Report on sanitation, dispensaries, and jails in Rajputana for 1917, and on vaccination for the year 1917-1918 - 1917-1918
Year: 1917
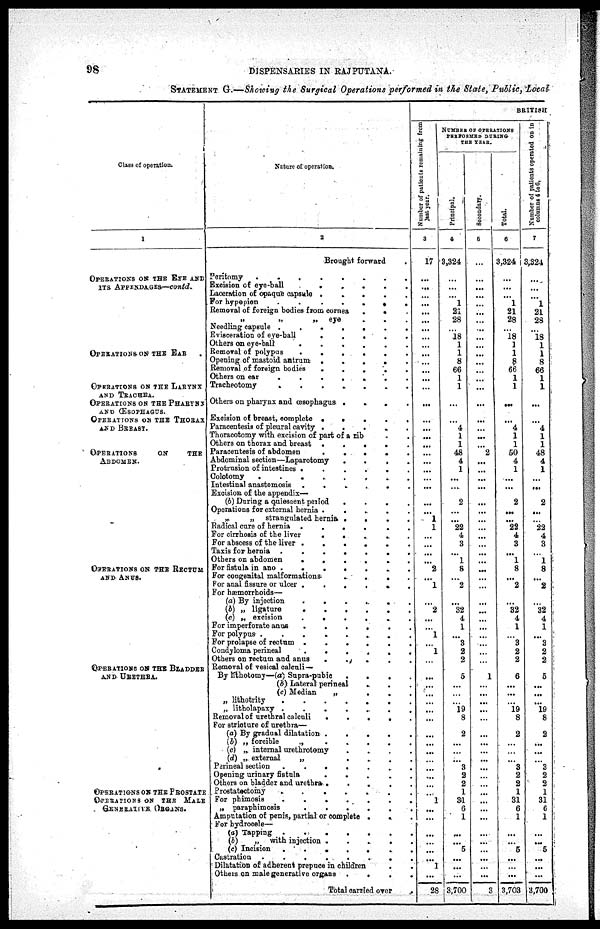
98
DISPENSARIES IN RAJPUTANA.
STATEMENT G.—Showing the Surgical Operations performed in the State, Public, Local
Class of operation.
1
OPERATIONS ON THE EYE AND
ITS APPENDAGES—contd.
OPERATIONS ON THE EAR ..
OPERATIONS ON THE LYRYNX
AND TRACHEA.
OPERATIONS ON THE PHARYNX
AND ŒSOPHAGUS.
OPERATIONS ON THE THORAX
AND BREAST.
OPERATIONS
ON
THE
ABDOMEN.
OPERATIONS ON THE RECTUM
AND ANUS.
OPERATIONS ON THE BLADDER
AND URETHRA.
OPERATIONS OF THE PROSTATE
OPERATIONS ON THE MALE
GENARATIVE ORGANS.
Nature of operation.
2
Brought forward
.
Peritomy
........
Excision of eye-ball
......
Laceration of opaque capsule .....
For hypepion
......
Removal of foreign bodies from cornea
...
„
„
„
eye
.
.
.
Needling capsule
.......
Evisceration of eye-ball
.
.
.
.
.
Others on eye-ball
......
Removal of polypus
......
Opening of mastoid antrum
.
.
.
.
.
Removal of foreign bodies
.
.
.
.
.
Others on ear
.......
Tracheotomy
.......
Others on pharynx and œsophagus
.
.
.
.
Excision of breast, complete
.
.
.
.
.
Paracentesis of pleural cavity
.
.
.
.
.
Thoracotomy with excision of part of a rib ..
Others on thorax and breast
.
.
.
.
.
Paracentesis of abdomen
.
.
.
.
.
Abdominal section—Laparotomy
.
.
.
.
Protrusion of intestines
......
Colotomy
........
Intestinal anastomosis
......
Excision of the appendix—
(b) During a quiescent period
.
.
.
.
Operations for external hernia
.
.
.
.
.
„ strangulated hernia
.
.
.
.
Radical cure of hernia ......
For cirrhosis of the liver
.
.
.
.
.
For abscess of the liver
.
.
.
.
.
Taxis for hernia
.......
Others on abdomen
......
For fistula in ano
.......
For congenital malformations
.
.
.
.
For anal fissure or ulcer
......
For hæmorrhoids—
(a) By injection
......
(b) „ ligature
(c) „ excision
......
For imperforate anus
......
For polypus ......
For prolapse of rectum
......
Condyloma perineal
......
Others on rectum and anus
.
.
.
.
.
Removal of vesical calculi —
By lithotomy—(a) Supra-pubic
.
.
.
.
(b) Lateral perineal
...
(c) Median
„
.
.
.
„ lithotrity
.......
„ litholapaxy
.......
Removal of urethral calculi
.....
For stricture of urethra—
(a) By gradual dilatation
.
.
.
.
.
(b) „ forcible
„
.....
(c) „ internal urethrotomy
.
.
.
.
(d) „ external
„
.
.
.
.
Perineal section
.......
Opening urinary
fistula
.
.
.
.
.
Others on bladder and urethra
.
.
.
.
.
Prostatectomy
.......
For phimosis
.......
„ paraphimosis
......
Amputation of penis, partial or complete
...
For hydrocele—
(a) Tapping
.......
(b)
„ with injection
.
.
.
.
.
(c) Incision
.......
Castration
........
Dilatation of adherent prepuce in children
..
Others on male generative organs
.
.
.
.
Total carried over
.
BRITISH
Number of patients remaining from
last
year.
3
17
...
...
...
...
...
...
...
...
...
...
...
...
...
...
...
...
...
...
...
...
...
...
...
...
...
...
1
1
...
...
...
...
2
...
1
...
2
...
...
1
...
1
...
...
...
...
...
...
...
...
...
...
...
...
...
...
...
1
...
...
...
...
...
...
1
...
28
NUMBER OF OPERTIONS
PERFORMED DURING
THE YEAR.
Principal.
4
3,324
...
...
...
1
21
28
...
18
1
1
8
66
1
1
...
...
4
1
1
48
4
1
...
...
2
...
...
22
4
3
...
1
8
...
2
...
32
4
1
...
3
2
2
5
...
...
...
19
8
2
...
...
...
3
2
2
1
31
6
1
...
...
5
...
...
...
3,700
Secondary.
5
...
...
...
...
...
...
...
...
...
...
...
...
...
...
...
...
...
...
...
...
2
...
...
...
...
...
...
...
...
...
...
...
...
...
...
...
...
...
...
...
...
...
...
...
1
...
...
...
...
...
...
...
...
...
...
...
...
...
...
...
...
...
...
...
...
...
...
3
Total.
6
3,324
...
...
...
1
21
28
...
18
1
1
8
66
1
1
...
...
4
1
1
50
4
1
...
...
2
...
...
22
4
3
...
1
8
...
2
...
32
4
1
...
3
2
2
6
...
...
...
19
8
2
...
...
...
3
2
2
1
31
6
1
...
...
5
...
...
...
3,703
N umber of patients operated on in
columns 4 to 6.
7
3,324
...
...
1
21
28
...
18
1
1
8
66
1
1
...
...
4
1
1
48
4
1
...
...
2
...
...
22
4
3
...
1
8
...
2
...
32
4
1
...
3
2
2
5
...
...
...
19
8
2
...
...
...
3
2
2
1
31
6
1
...
...
5
...
...
...
3,700